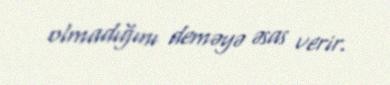
olmadığını deməyə əsas verir.